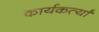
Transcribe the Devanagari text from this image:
कार्यकर्त्यां